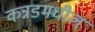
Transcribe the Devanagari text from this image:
कन्नडमधील